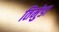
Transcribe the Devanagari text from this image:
तिमुंडा